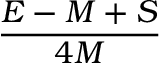
\frac { E - M + S } { 4 M }